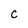
Character: C